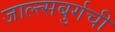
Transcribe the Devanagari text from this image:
जाल्त्सबुर्गची